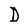
Character: D